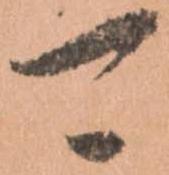
可